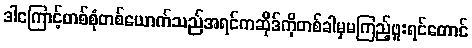
ဒါကြောင့်တစ်စုံတစ်ယောက်သည်အရင်ကဆိုဒ်ကိုတစ်ခါမှမကြည့်ဖူးရင်တောင်